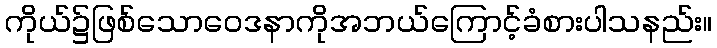
ကိုယ်၌ဖြစ်သောဝေဒနာကိုအဘယ်ကြောင့်ခံစားပါသနည်း။